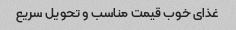
غذای خوب قیمت مناسب و تحویل سریع